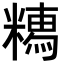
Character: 𥼥